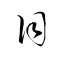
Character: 目